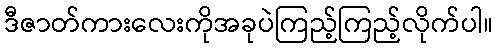
ဒီဇာတ်ကားလေးကိုအခုပဲကြည့်ကြည့်လိုက်ပါ။